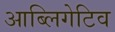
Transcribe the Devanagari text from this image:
आब्लिगेटिव